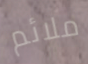
ملائم